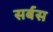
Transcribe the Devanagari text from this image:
सर्बस